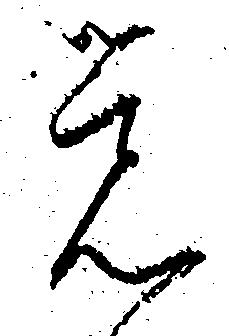
覚